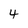
Character: 4